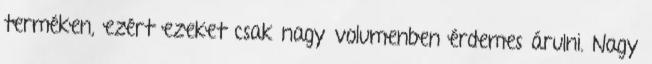
terméken, ezért ezeket csak nagy volumenben érdemes árulni. Nagy